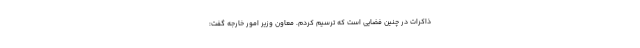
ذاکرات در چنین فضایی است که ترسیم کردم. معاون وزیر امور خارجه گفت: